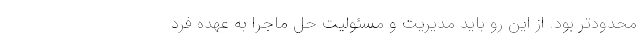
محدودتر بود. از این رو باید مدیریت و مسئولیت حل ماجرا به عهده فرد